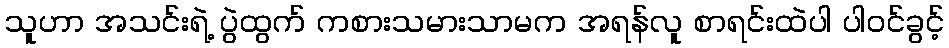
သူဟာ အသင်းရဲ့ ပွဲထွက် ကစားသမားသာမက အရန်လူ စာရင်းထဲပါ ပါဝင်ခွင့်